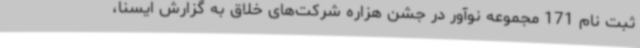
ثبت نام 171 مجموعه نوآور در جشن هزاره شرکت‌های خلاق به گزارش ایسنا،